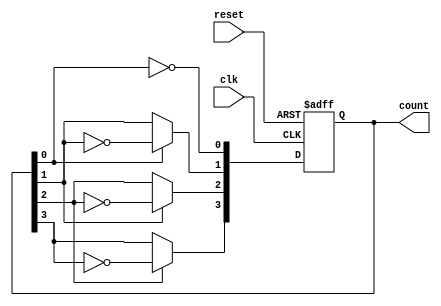
module async_ripple_counter (
    input wire clk,        // Clock input
    input wire reset,      // Asynchronous reset input
    output reg [n-1:0] count // n-bit counter output
);
    parameter n = 4; // Number of bits in the counter (can be adjusted)

    // Always block for the counter operation
    always @(posedge clk or posedge reset) begin
        if (reset) begin
            count <= 0; // Reset the counter to zero
        end else begin
            count[0] <= ~count[0]; // Toggle the LSB
            count[1] <= count[0] ? ~count[1] : count[1]; // Toggle next bit on falling edge of LSB
            count[2] <= count[1] ? ~count[2] : count[2]; // Toggle next bit on falling edge of second bit
            count[3] <= count[2] ? ~count[3] : count[3]; // Toggle next bit on falling edge of third bit
            // Add more bits as necessary
        end
    end
endmodule